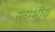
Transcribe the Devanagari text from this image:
स्तम्भीय